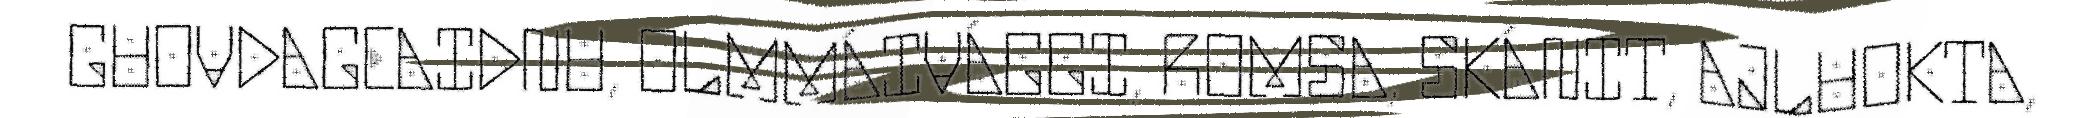
GUOVDAGEAIDNU, OLMMÁIVÁGGI, ROMSA, SKÁNIT, AJLUOKTA,